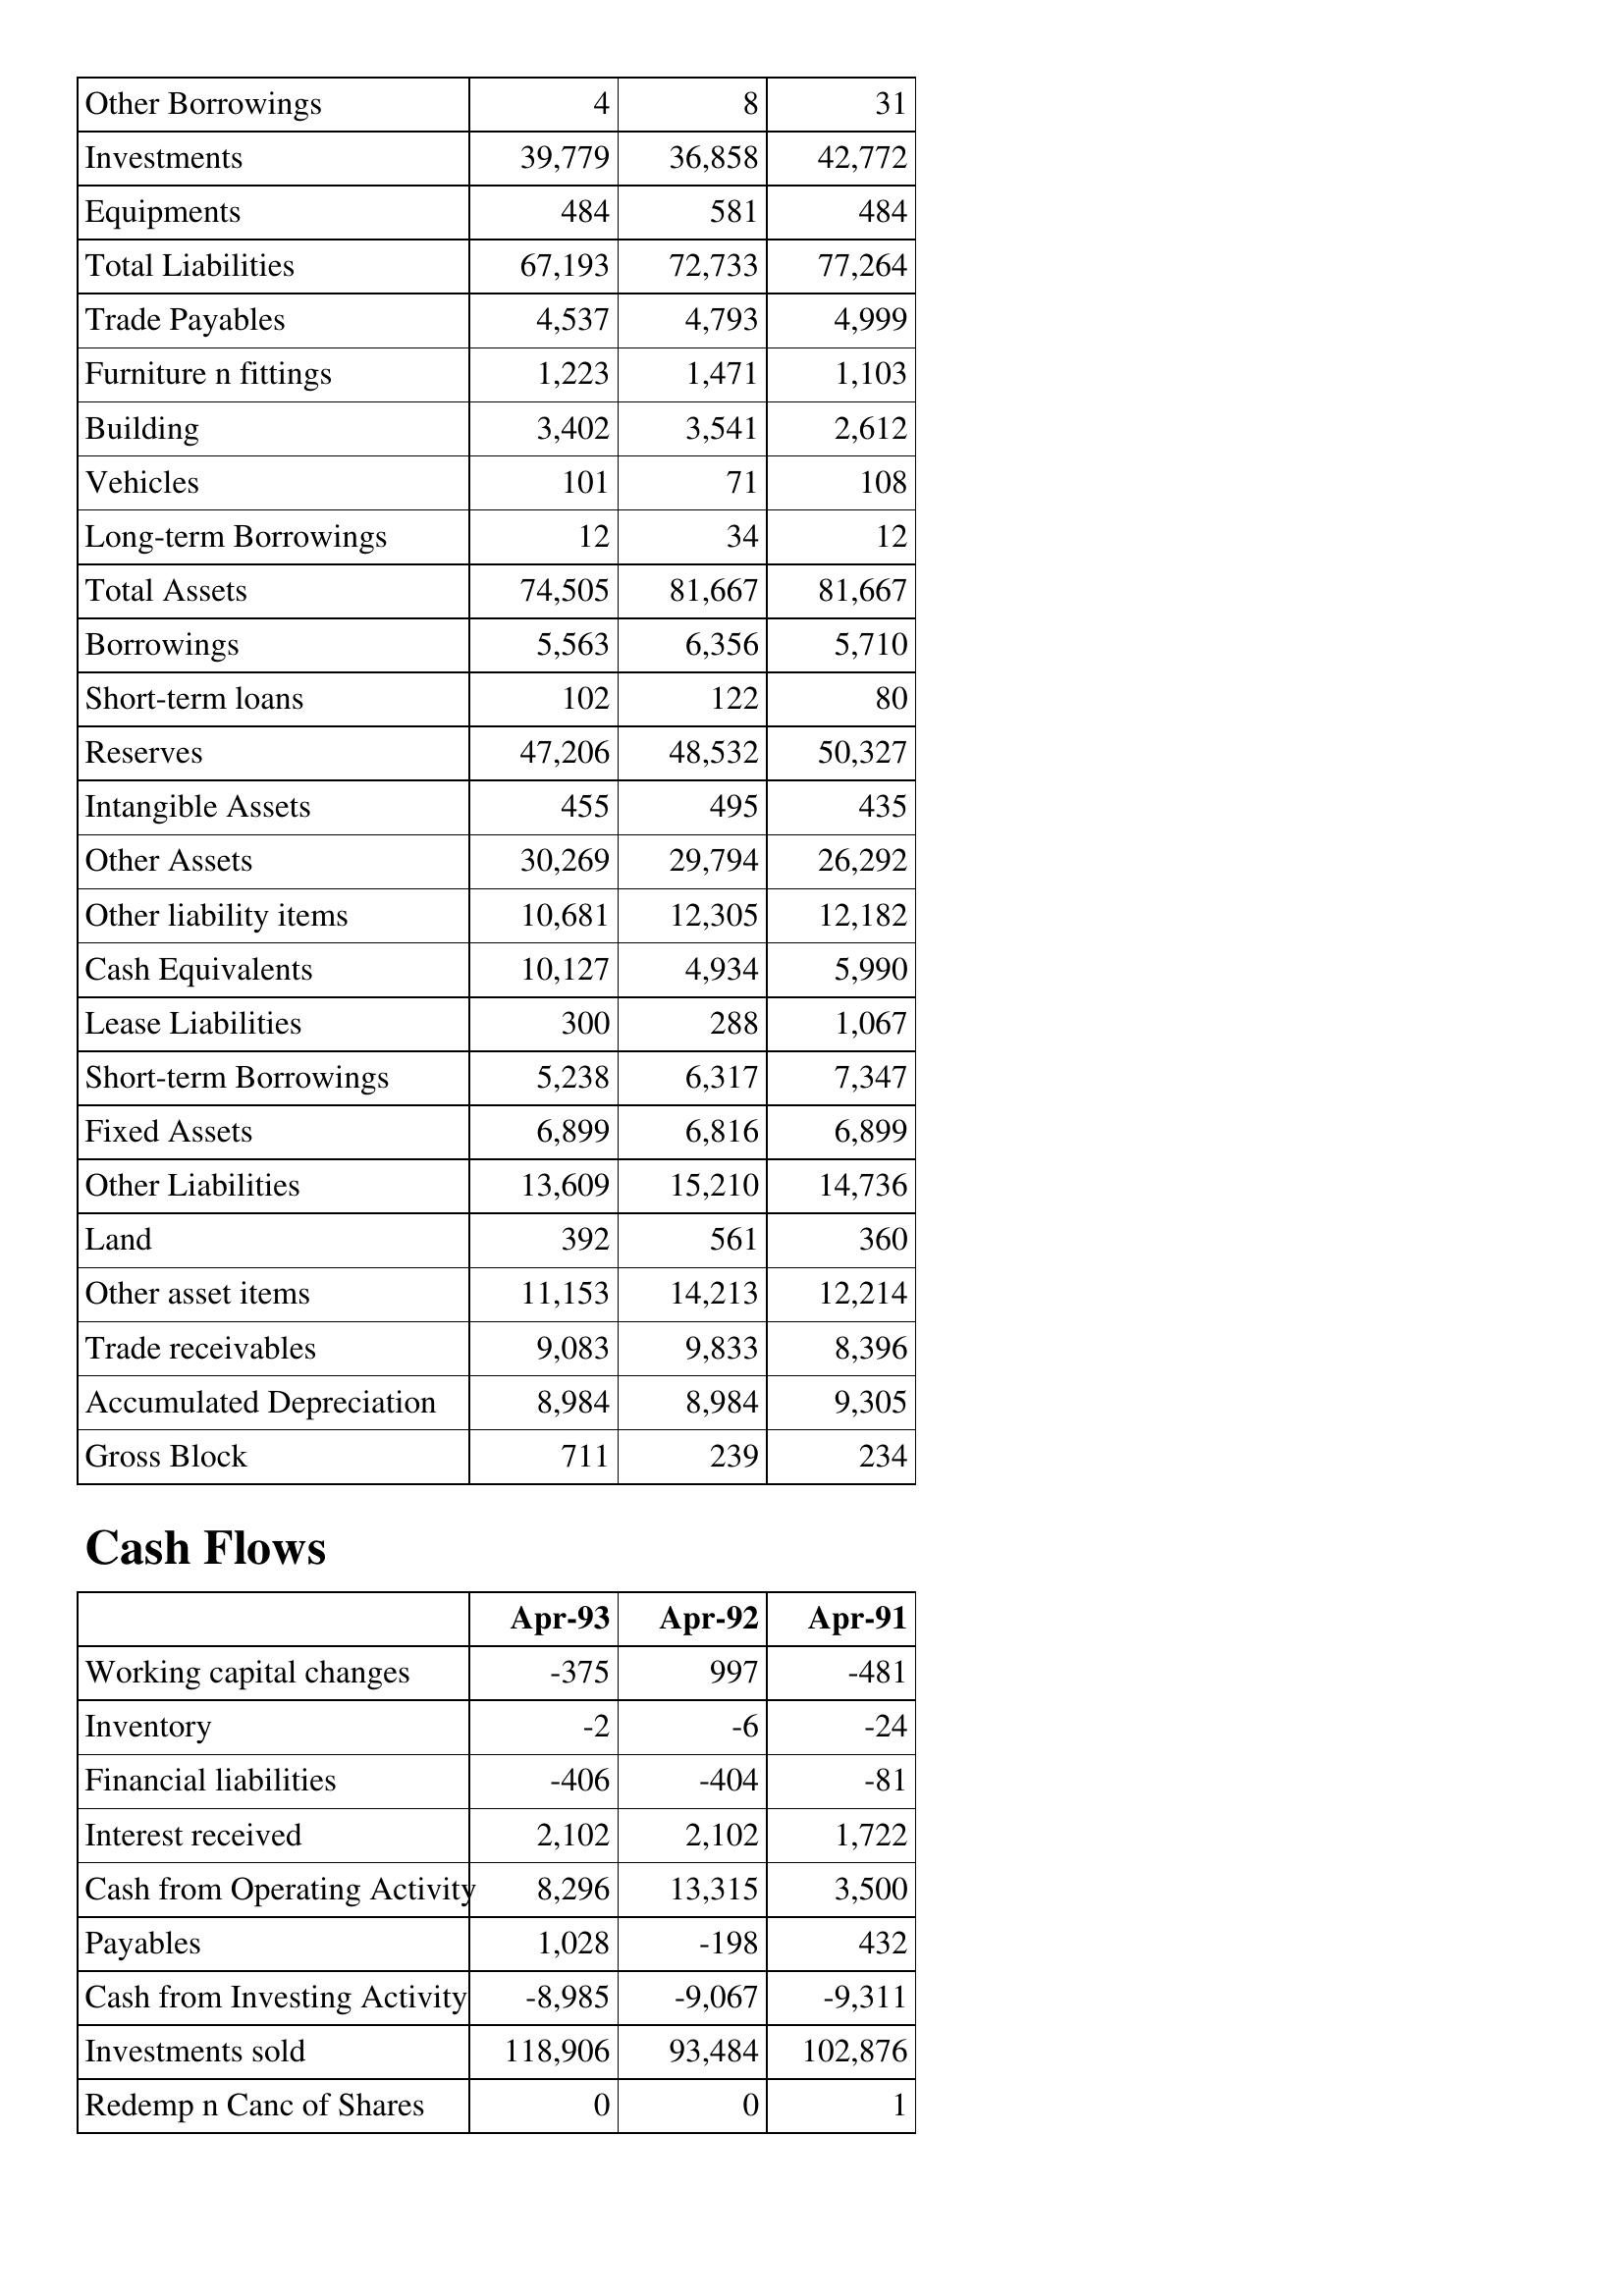
Apr-93: Balance Sheet: Other Borrowings: 4
Investments: 39,779
Equipments: 484
Total Liabilities: 67,193
Trade Payables: 4,537
Furniture n fittings: 1,223
Building: 3,402
Vehicles: 101
Long-term Borrowings: 12
Total Assets: 74,505
Borrowings: 5,563
Short-term loans: 102
Reserves: 47,206
Intangible Assets: 455
Other Assets: 30,269
Other liability items: 10,681
Cash Equivalents: 10,127
Lease Liabilities: 300
Short-term Borrowings: 5,238
Fixed Assets: 6,899
Other Liabilities: 13,609
Land: 392
Other asset items: 11,153
Trade receivables: 9,083
Accumulated Depreciation: 8,984
Gross Block: 711
Cash Flows: Working capital changes: -375
Inventory: -2
Financial liabilities: -406
Interest received: 2,102
Cash from Operating Activity: 8,296
Payables: 1,028
Cash from Investing Activity: -8,985
Investments sold: 118,906
Redemp n Canc of Shares: 0
Apr-92: Balance Sheet: Other Borrowings: 8
Investments: 36,858
Equipments: 581
Total Liabilities: 72,733
Trade Payables: 4,793
Furniture n fittings: 1,471
Building: 3,541
Vehicles: 71
Long-term Borrowings: 34
Total Assets: 81,667
Borrowings: 6,356
Short-term loans: 122
Reserves: 48,532
Intangible Assets: 495
Other Assets: 29,794
Other liability items: 12,305
Cash Equivalents: 4,934
Lease Liabilities: 288
Short-term Borrowings: 6,317
Fixed Assets: 6,816
Other Liabilities: 15,210
Land: 561
Other asset items: 14,213
Trade receivables: 9,833
Accumulated Depreciation: 8,984
Gross Block: 239
Cash Flows: Working capital changes: 997
Inventory: -6
Financial liabilities: -404
Interest received: 2,102
Cash from Operating Activity: 13,315
Payables: -198
Cash from Investing Activity: -9,067
Investments sold: 93,484
Redemp n Canc of Shares: 0
Apr-91: Balance Sheet: Other Borrowings: 31
Investments: 42,772
Equipments: 484
Total Liabilities: 77,264
Trade Payables: 4,999
Furniture n fittings: 1,103
Building: 2,612
Vehicles: 108
Long-term Borrowings: 12
Total Assets: 81,667
Borrowings: 5,710
Short-term loans: 80
Reserves: 50,327
Intangible Assets: 435
Other Assets: 26,292
Other liability items: 12,182
Cash Equivalents: 5,990
Lease Liabilities: 1,067
Short-term Borrowings: 7,347
Fixed Assets: 6,899
Other Liabilities: 14,736
Land: 360
Other asset items: 12,214
Trade receivables: 8,396
Accumulated Depreciation: 9,305
Gross Block: 234
Cash Flows: Working capital changes: -481
Inventory: -24
Financial liabilities: -81
Interest received: 1,722
Cash from Operating Activity: 3,500
Payables: 432
Cash from Investing Activity: -9,311
Investments sold: 102,876
Redemp n Canc of Shares: 1